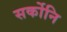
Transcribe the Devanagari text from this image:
सर्कोनि